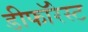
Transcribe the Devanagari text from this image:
डीफॉरेस्ट